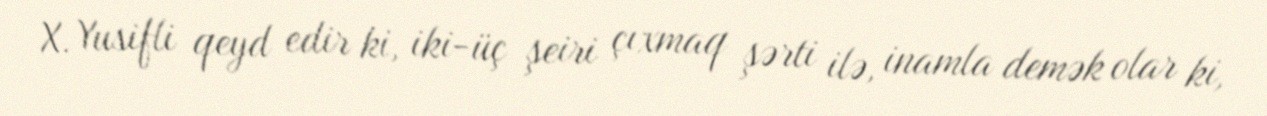
X. Yusifli qeyd edir ki, iki-üç şeiri çıxmaq şərti ilə, inamla demək olar ki,